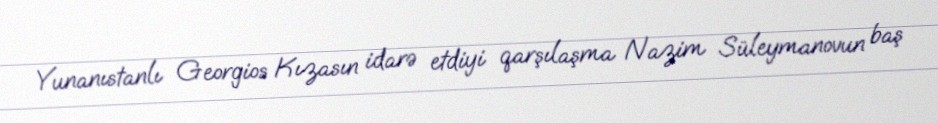
Yunanıstanlı Georgios Kızasın idarə etdiyi qarşılaşma Nazim Süleymanovun baş